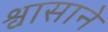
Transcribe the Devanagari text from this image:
श्वासाने